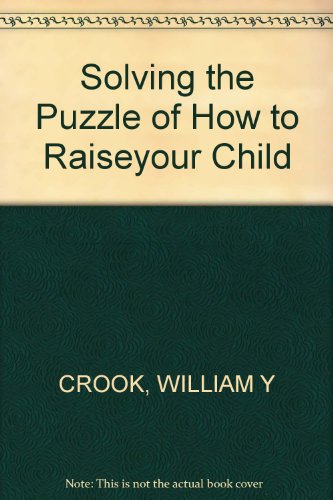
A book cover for Solving the Puzzle of Your Hard-To-Raise Child; William G. Crook; Health, Fitness & Dieting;